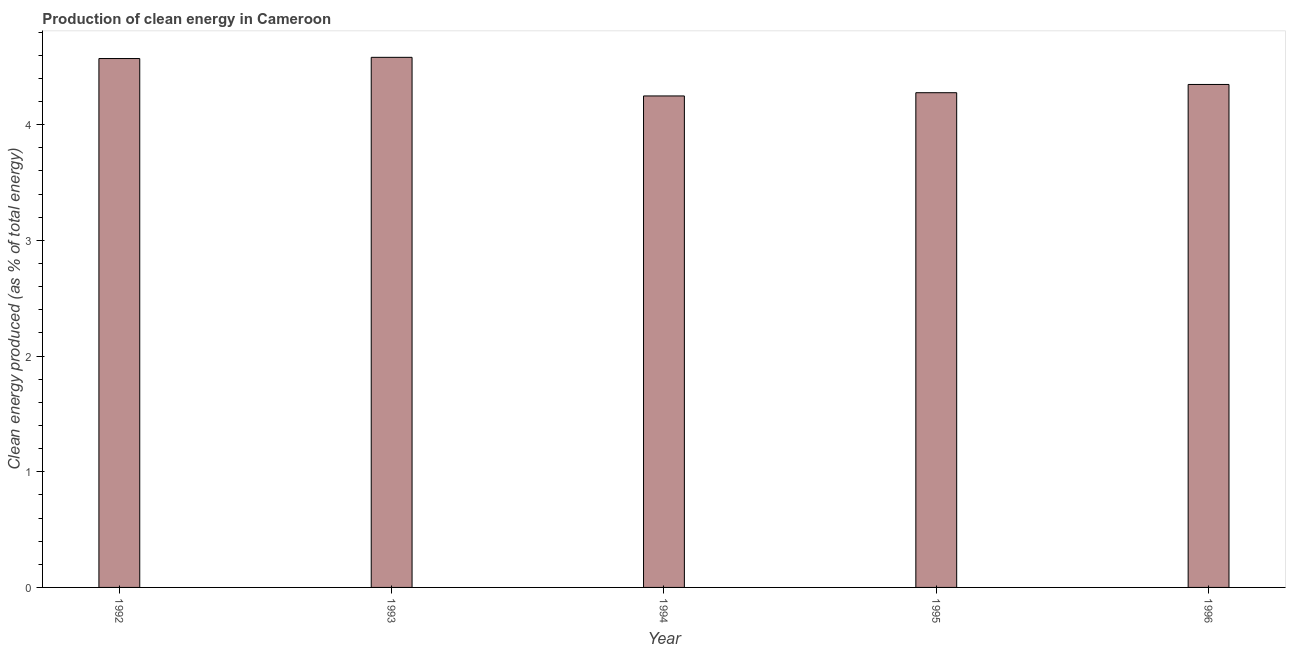
| Year | Alternative and nuclear energy |
 | --- | --- |
 | 1992 | 4.57 |
 | 1993 | 4.58 |
 | 1994 | 4.25 |
 | 1995 | 4.28 |
 | 1996 | 4.35 |